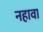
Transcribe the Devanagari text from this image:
नहावा